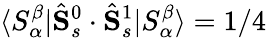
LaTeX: \langle S_{\alpha}^{\beta}|\hat{\mathbf{S}}_{s}^{0}\cdot\hat{\mathbf{S}}_{s}^{1}|S_{\alpha}^{\beta}\rangle=1/4